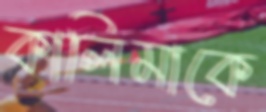
কালিমাকে